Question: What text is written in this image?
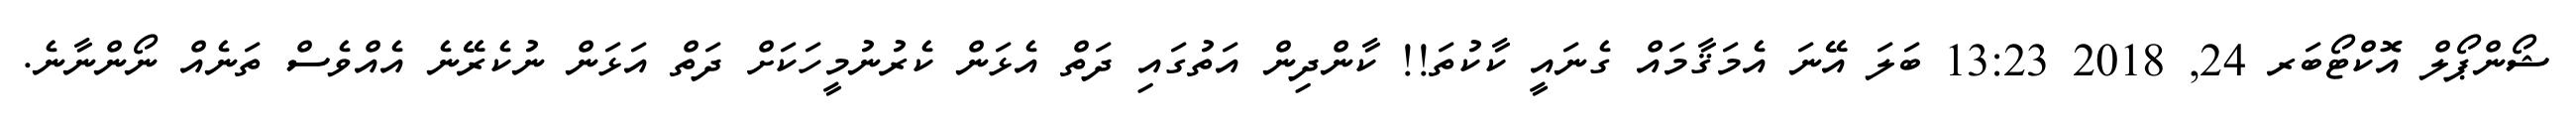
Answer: ޝޯންޕޯލް އޮކްޓޯބަރ 24, 2018 13:23 ބަލަ އޭނަ އެމަޤާމައް ގެނައީ ކާކުތަ!! ކާންދިން އަތުގައި ދަތް އެޅަން ކެރުނުމީހަކަށް ދަތް އަޅަން ނުކެރޭނެ އެއްވެސް ތަނެއް ނޯންނާނެ.